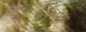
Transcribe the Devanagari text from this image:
७००पेक्षा